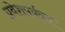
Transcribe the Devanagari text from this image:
प्रवेशपर्यन्त